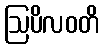
ဩပိလဝတိ